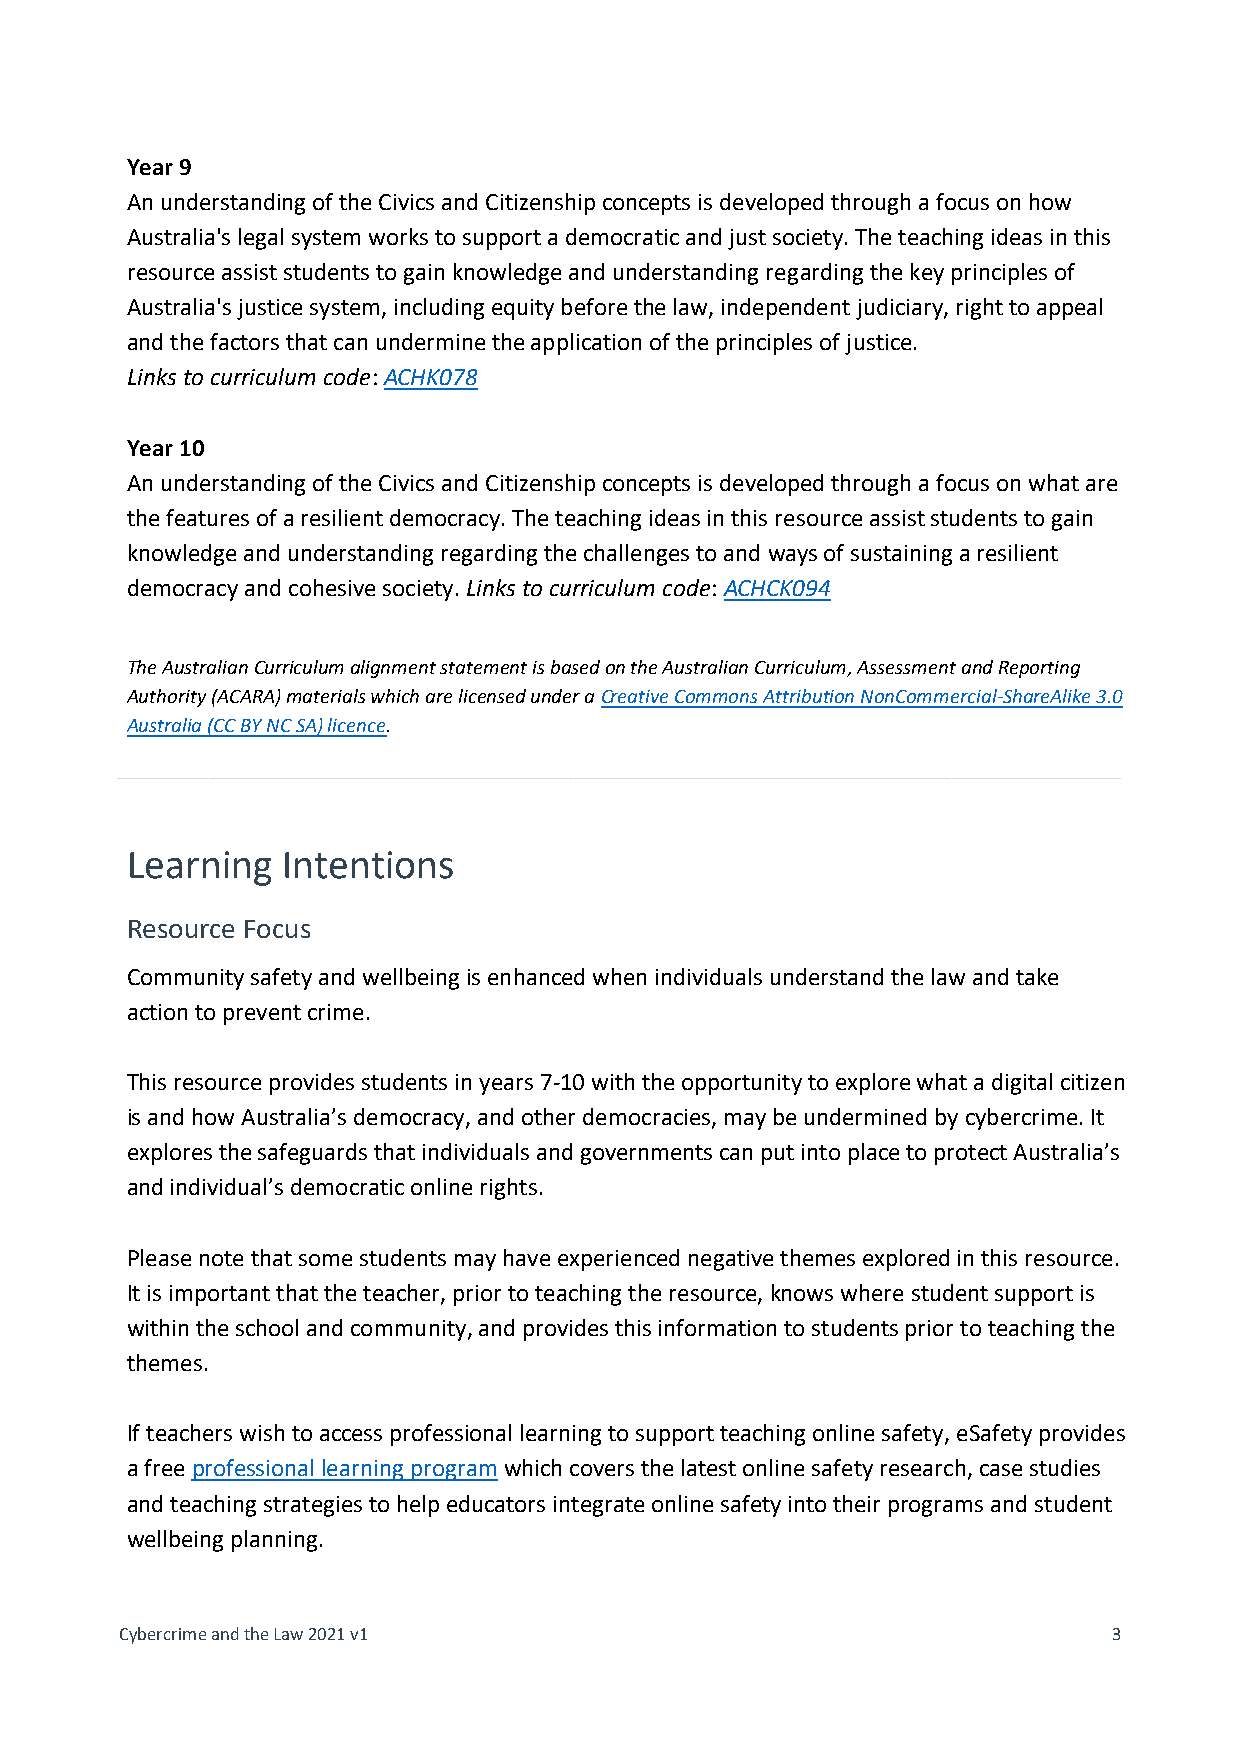
Year 9
 An understanding of the Civics and Citizenship concepts is developed through a focus on how
 Australia's legal system works to support a democratic and just society. The teaching ideas in this
 resource assist students to gain knowledge and understanding regarding the key principles of
 Australia's justice system, including equity before the law, independent judiciary, right to appeal
 and the factors that can undermine the application of the principles of justice.
 Links to curriculum code: ACHK078
 Year 10
 An understanding of the Civics and Citizenship concepts is developed through a focus on what are
 the features of a resilient democracy. The teaching ideas in this resource assist students to gain
 knowledge and understanding regarding the challenges to and ways of sustaining a resilient
 democracy and cohesive society. Links to curriculum code: ACHCK094
 The Australian Curriculum alignment statement is based on the Australian Curriculum, Assessment and Reporting
 Authority (ACARA) materials which are licensed under a Creative Commons Attribution NonCommercial-ShareAlike 3.0
 Australia (CC BY NC SA) licence.
 _____________________________________________________________________________
 Learning   Intentions
 Resource Focus
 Community safety and wellbeing is enhanced when individuals understand the law and take
 action to prevent crime.
 This resource provides students in years 7-10 with the opportunity to explore what a digital citizen
 is and how Australia’s democracy, and other democracies, may be undermined by cybercrime. It
 explores the safeguards that individuals and governments can put into place to protect Australia’s
 and individual’s democratic online rights.
 Please note that some students may have experienced negative themes explored in this resource.
 It is important that the teacher, prior to teaching the resource, knows where student support is
 within the school and community, and provides this information to students prior to teaching the
 themes.
 If teachers wish to access professional learning to support teaching online safety, eSafety provides
 a free professional learning program which covers the latest online safety research, case studies
 and teaching strategies to help educators integrate online safety into their programs and student
 wellbeing planning.
 Cybercrime and the Law 2021 v1                                    3